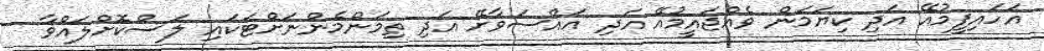
އަހައިފީމުއޭ އަދި ކިޔަމަން ވެއްޖައީމުއޭ އަދި އައްސަވާށޭ އަދި ތިމަންމެންނަށްޓަކައި ލަސްކޮށްލައްވާ